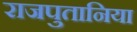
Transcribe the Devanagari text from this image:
राजपुतानिया